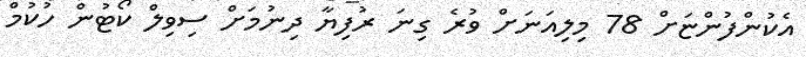
އެކުންފުންޏަށް 78 މިލިއަނަށް ވުރެ ގިނަ ރުފިޔާ ދިނުމަށް ސިވިލް ކޯޓުން ހުކުމް